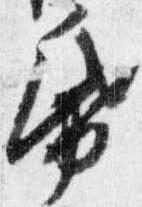
帋